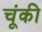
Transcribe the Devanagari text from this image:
चूंकी